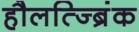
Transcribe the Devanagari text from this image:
हौलत्ज्ब्रिंक